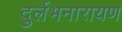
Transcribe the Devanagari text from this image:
दुर्लभनारायण